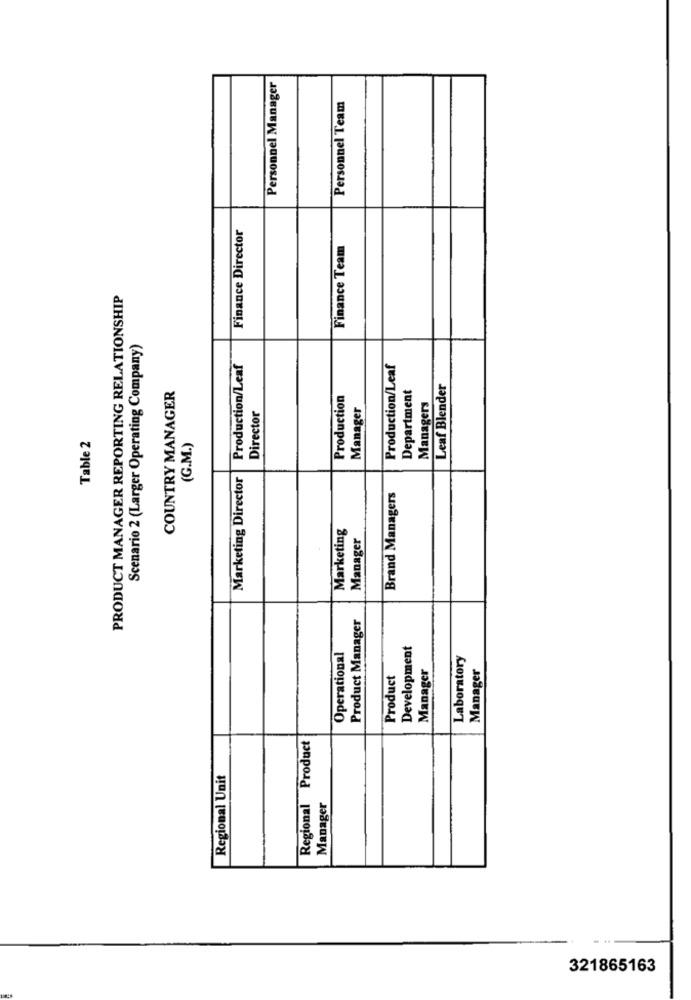
Personnel Manager
Personnel Team
Finance Director
Finance Team
PRODUCT MANAGER REPORTING RELATIONSHIP
Scenario 2 (Larger Operating Company)
Production/Leaf
Production/Leaf
COUNTRY MANAGER
Department
Leaf Blender
Production
Manager
Managers
Director
Table 2
(G.M.)
Marketing Director
Brand Managers
Marketing
Manager
Product Manager
Development
Operational
Laboratory
Manager
Manager
Product
Regional Product
Regional Unit
Manager
321865163